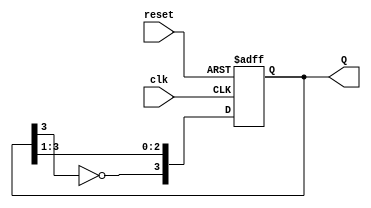
module JohnsonCounter #(
    parameter N = 4  // Number of flip-flops (stages)
)(
    input wire clk,     // Clock signal
    input wire reset,   // Asynchronous reset signal
    output reg [N-1:0] Q // Output state
);

// Internal signals for the feedback
wire feedback;

// Assign feedback as the inverted output of the last flip-flop
assign feedback = ~Q[N-1];

// Sequential logic for the Johnson counter
always @(posedge clk or posedge reset) begin
    if (reset) begin
        Q <= 0; // Reset the counter to 0
    end else begin
        // Shift the state and apply feedback
        Q <= {feedback, Q[N-1:1]};
    end
end

endmodule